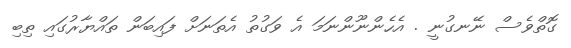
ގޮތްވެސް ނޭނގުނީ . އެހެންނޫންނަމަ އެ ވަގުތު އެތަނަށް ފައިބަން ތައްޔާރުގައި ތިބި